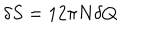
LaTeX: \delta S = 1 2 \pi N \delta Q